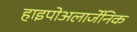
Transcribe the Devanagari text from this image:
हाइपोअलार्जेनिक